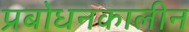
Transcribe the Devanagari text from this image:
प्रबोधनकालीन